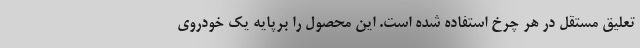
تعلیق مستقل در هر چرخ استفاده شده است. این محصول را برپایه یک خودروی